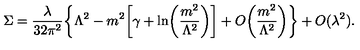
\Sigma = \frac { \lambda } { 3 2 \pi ^ { 2 } } \biggl \{ \Lambda ^ { 2 } - m ^ { 2 } \biggl [ \gamma + \ln \biggl ( \frac { m ^ { 2 } } { \Lambda ^ { 2 } } \biggr ) \biggr ] + O \biggl ( \frac { m ^ { 2 } } { \Lambda ^ { 2 } } \biggr ) \biggr \} + O ( \lambda ^ { 2 } ) .